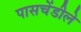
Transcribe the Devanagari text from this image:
पासचेंडीले